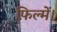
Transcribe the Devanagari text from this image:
फ़िल्में।